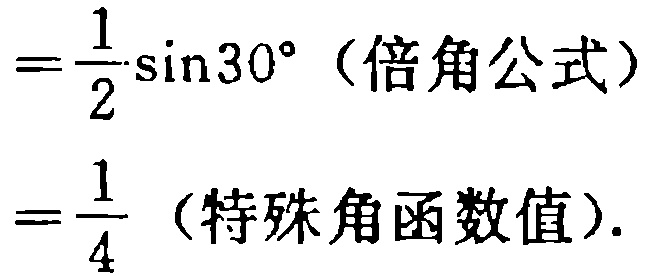
\[
=\frac{1}{2}\sin30^{\circ} \text{（倍角公式）} \\
=\frac{1}{4} \text{（特殊角函数值）}.
\]